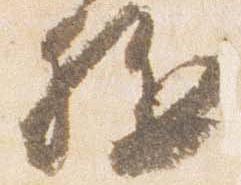
駈